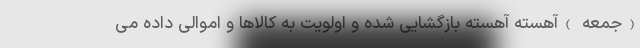
(جمعه )آهسته آهسته بازگشایی شده و اولویت به کالاها و اموالی داده می